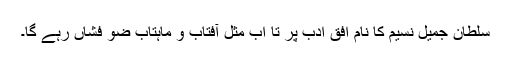
سلطان جمیل نسیم کا نام افق ادب پر تا اب مثل آفتاب و ماہتاب ضو فشاں رہے گا۔